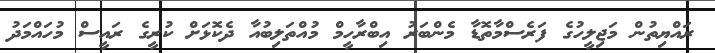
ރައްޔިތުން މަޖިލީހުގެ ފަރެސްމާތޮޑާ މެންބަރު އިބްރާހީމް މުއްތަލިބުއާ ދެކޮޅަށް ކުރީގެ ރައީސް މުހައްމަދު